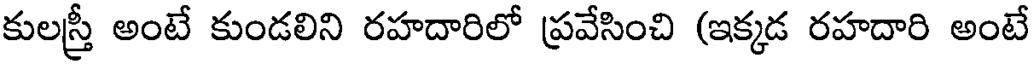
కులస్త్రీ అంటే కుండలిని రహదారిలో ప్రవేసించి (ఇక్కడ రహదారి అంటే